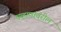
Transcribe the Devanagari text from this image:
चव्हाणांवरील